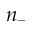
n _ { - }